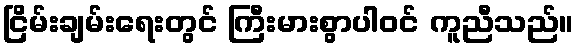
ငြိမ်းချမ်းရေးတွင် ကြီးမားစွာပါဝင် ကူညီသည်။